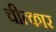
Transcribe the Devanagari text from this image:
चीत्‍कार